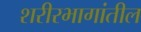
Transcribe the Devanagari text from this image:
शरीरभागांतील